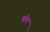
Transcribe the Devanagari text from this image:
षोन